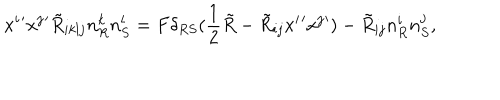
LaTeX: x ^ { i } { ' } x ^ { j } { ' } \tilde { R } _ { i k l j } n _ { R } ^ { k } n _ { S } ^ { l } = F \delta _ { R S } ( \frac { 1 } { 2 } \tilde { R } - \tilde { R } _ { i j } x ^ { i } { ' } x ^ { j } { ' } ) - \tilde { R } _ { i j } n _ { R } ^ { i } n _ { S } ^ { j } ,